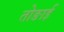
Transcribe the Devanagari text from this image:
तोङाई